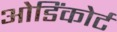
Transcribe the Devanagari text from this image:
ओडिंकोर्ट